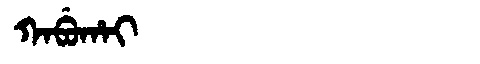
Manchu: ᡴᠠᠪᡠᡥᠠᡳ
Romanization: KABUHAI